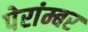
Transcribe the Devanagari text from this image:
पेरांम्बर